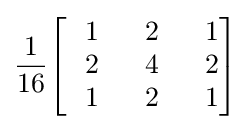
{\frac {1}{16}}{\begin{bmatrix}\ \ 1&\ \ 2&\ \ 1\\\ \ 2&\ \ 4&\ \ 2\\\ \ 1&\ \ 2&\ \ 1\end{bmatrix}}